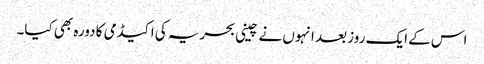
اس کے ایک روز بعد انہوں نے چینی بحریہ کی اکیڈمی کا دورہ بھی کیا۔